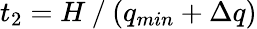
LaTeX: t_{2}=H⁄(q_{min}+\Delta q)